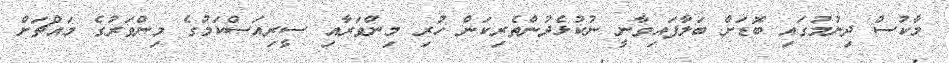
މާކުސް ދިނުމުގައި ބޮޑަށް ބަލާފައިވާނީ ނުކުޅެދުންތެރިކަން ހުރި މިންވަރާއި ސީރިއަސްކަމުގެ މިންވަރުގެ މައްޗަށް